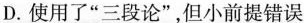
D.使用了”三段论”，但小前提错误